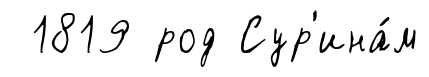
1819 род Сур'ина́м